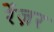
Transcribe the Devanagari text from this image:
रेंज़र